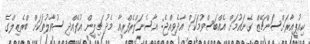
ކިއުޕީއާރަށްސަންޗޭޒް ގެނައުމަށް އެއްބަސްވުމަކަށް އާދެވިއްޖެ: އާސެނަލްރެފްރީއާ މެދު ޗިލީން އުފެއްދި ސުވާލުތަކަށް ބްރެޒިލްގެ